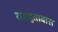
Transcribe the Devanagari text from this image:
राजदुतावास